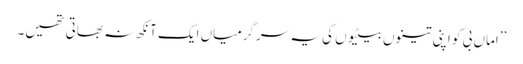
’’اماں بی کو اپنی تینوں بیٹیوں کی یہ سرگرمیاں ایک آنکھ نہ بھاتی تھیں۔